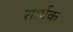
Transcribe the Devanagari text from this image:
शार्षक